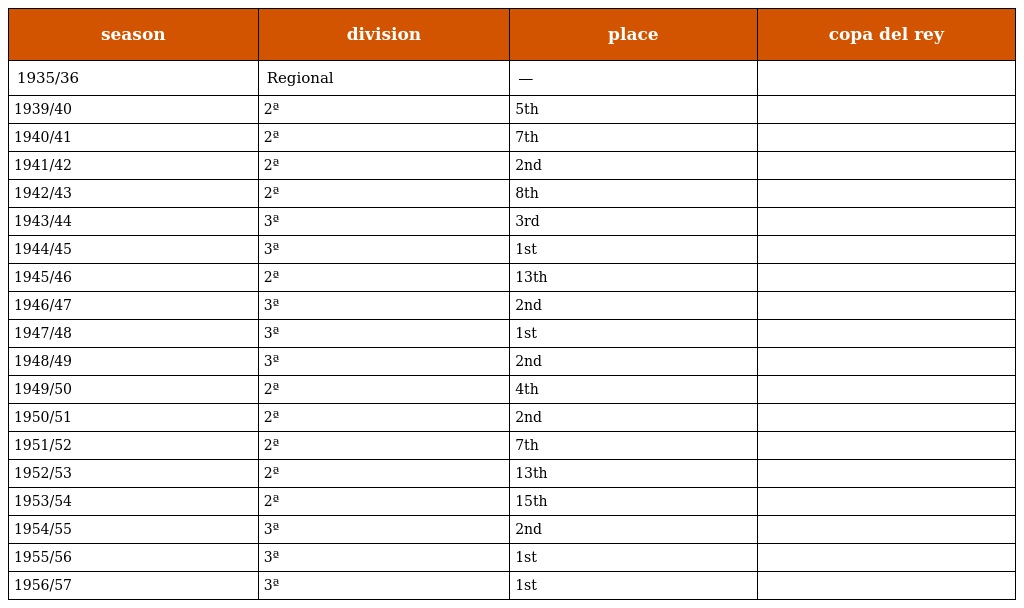
| season | division | place | copa del rey |
 | --- | --- | --- | --- |
 | 1935/36 | Regional | — |  |
 | 1939/40 | 2ª | 5th |  |
 | 1940/41 | 2ª | 7th |  |
 | 1941/42 | 2ª | 2nd |  |
 | 1942/43 | 2ª | 8th |  |
 | 1943/44 | 3ª | 3rd |  |
 | 1944/45 | 3ª | 1st |  |
 | 1945/46 | 2ª | 13th |  |
 | 1946/47 | 3ª | 2nd |  |
 | 1947/48 | 3ª | 1st |  |
 | 1948/49 | 3ª | 2nd |  |
 | 1949/50 | 2ª | 4th |  |
 | 1950/51 | 2ª | 2nd |  |
 | 1951/52 | 2ª | 7th |  |
 | 1952/53 | 2ª | 13th |  |
 | 1953/54 | 2ª | 15th |  |
 | 1954/55 | 3ª | 2nd |  |
 | 1955/56 | 3ª | 1st |  |
 | 1956/57 | 3ª | 1st |  |